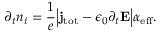
\partial _ { t } n _ { i } = \frac { 1 } { e } \Big | { \bf j } _ { \mathrm { t o t } } - \epsilon _ { 0 } \partial _ { t } { \bf E } \Big | \alpha _ { \mathrm { e f f } } .